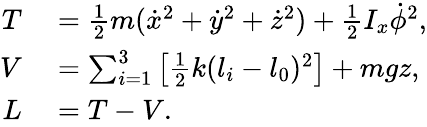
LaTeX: \begin{array}{rl}{T}&{{}=\frac{1}{2}m(\dot{x}^{2}+\dot{y}^{2}+\dot{z}^{2})+\frac{1}{2}I_{x}\dot{\phi}^{2},}\\ {V}&{{}=\sum_{i=1}^{3}\left[\frac{1}{2}k(l_{i}-l_{0})^{2}\right]+mgz,}\\ {L}&{{}=T-V.}\end{array}